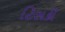
ટિસકી